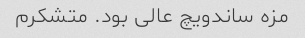
مزه ساندویچ عالی بود. متشکرم